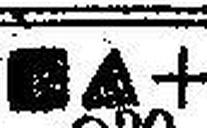
□ ### +